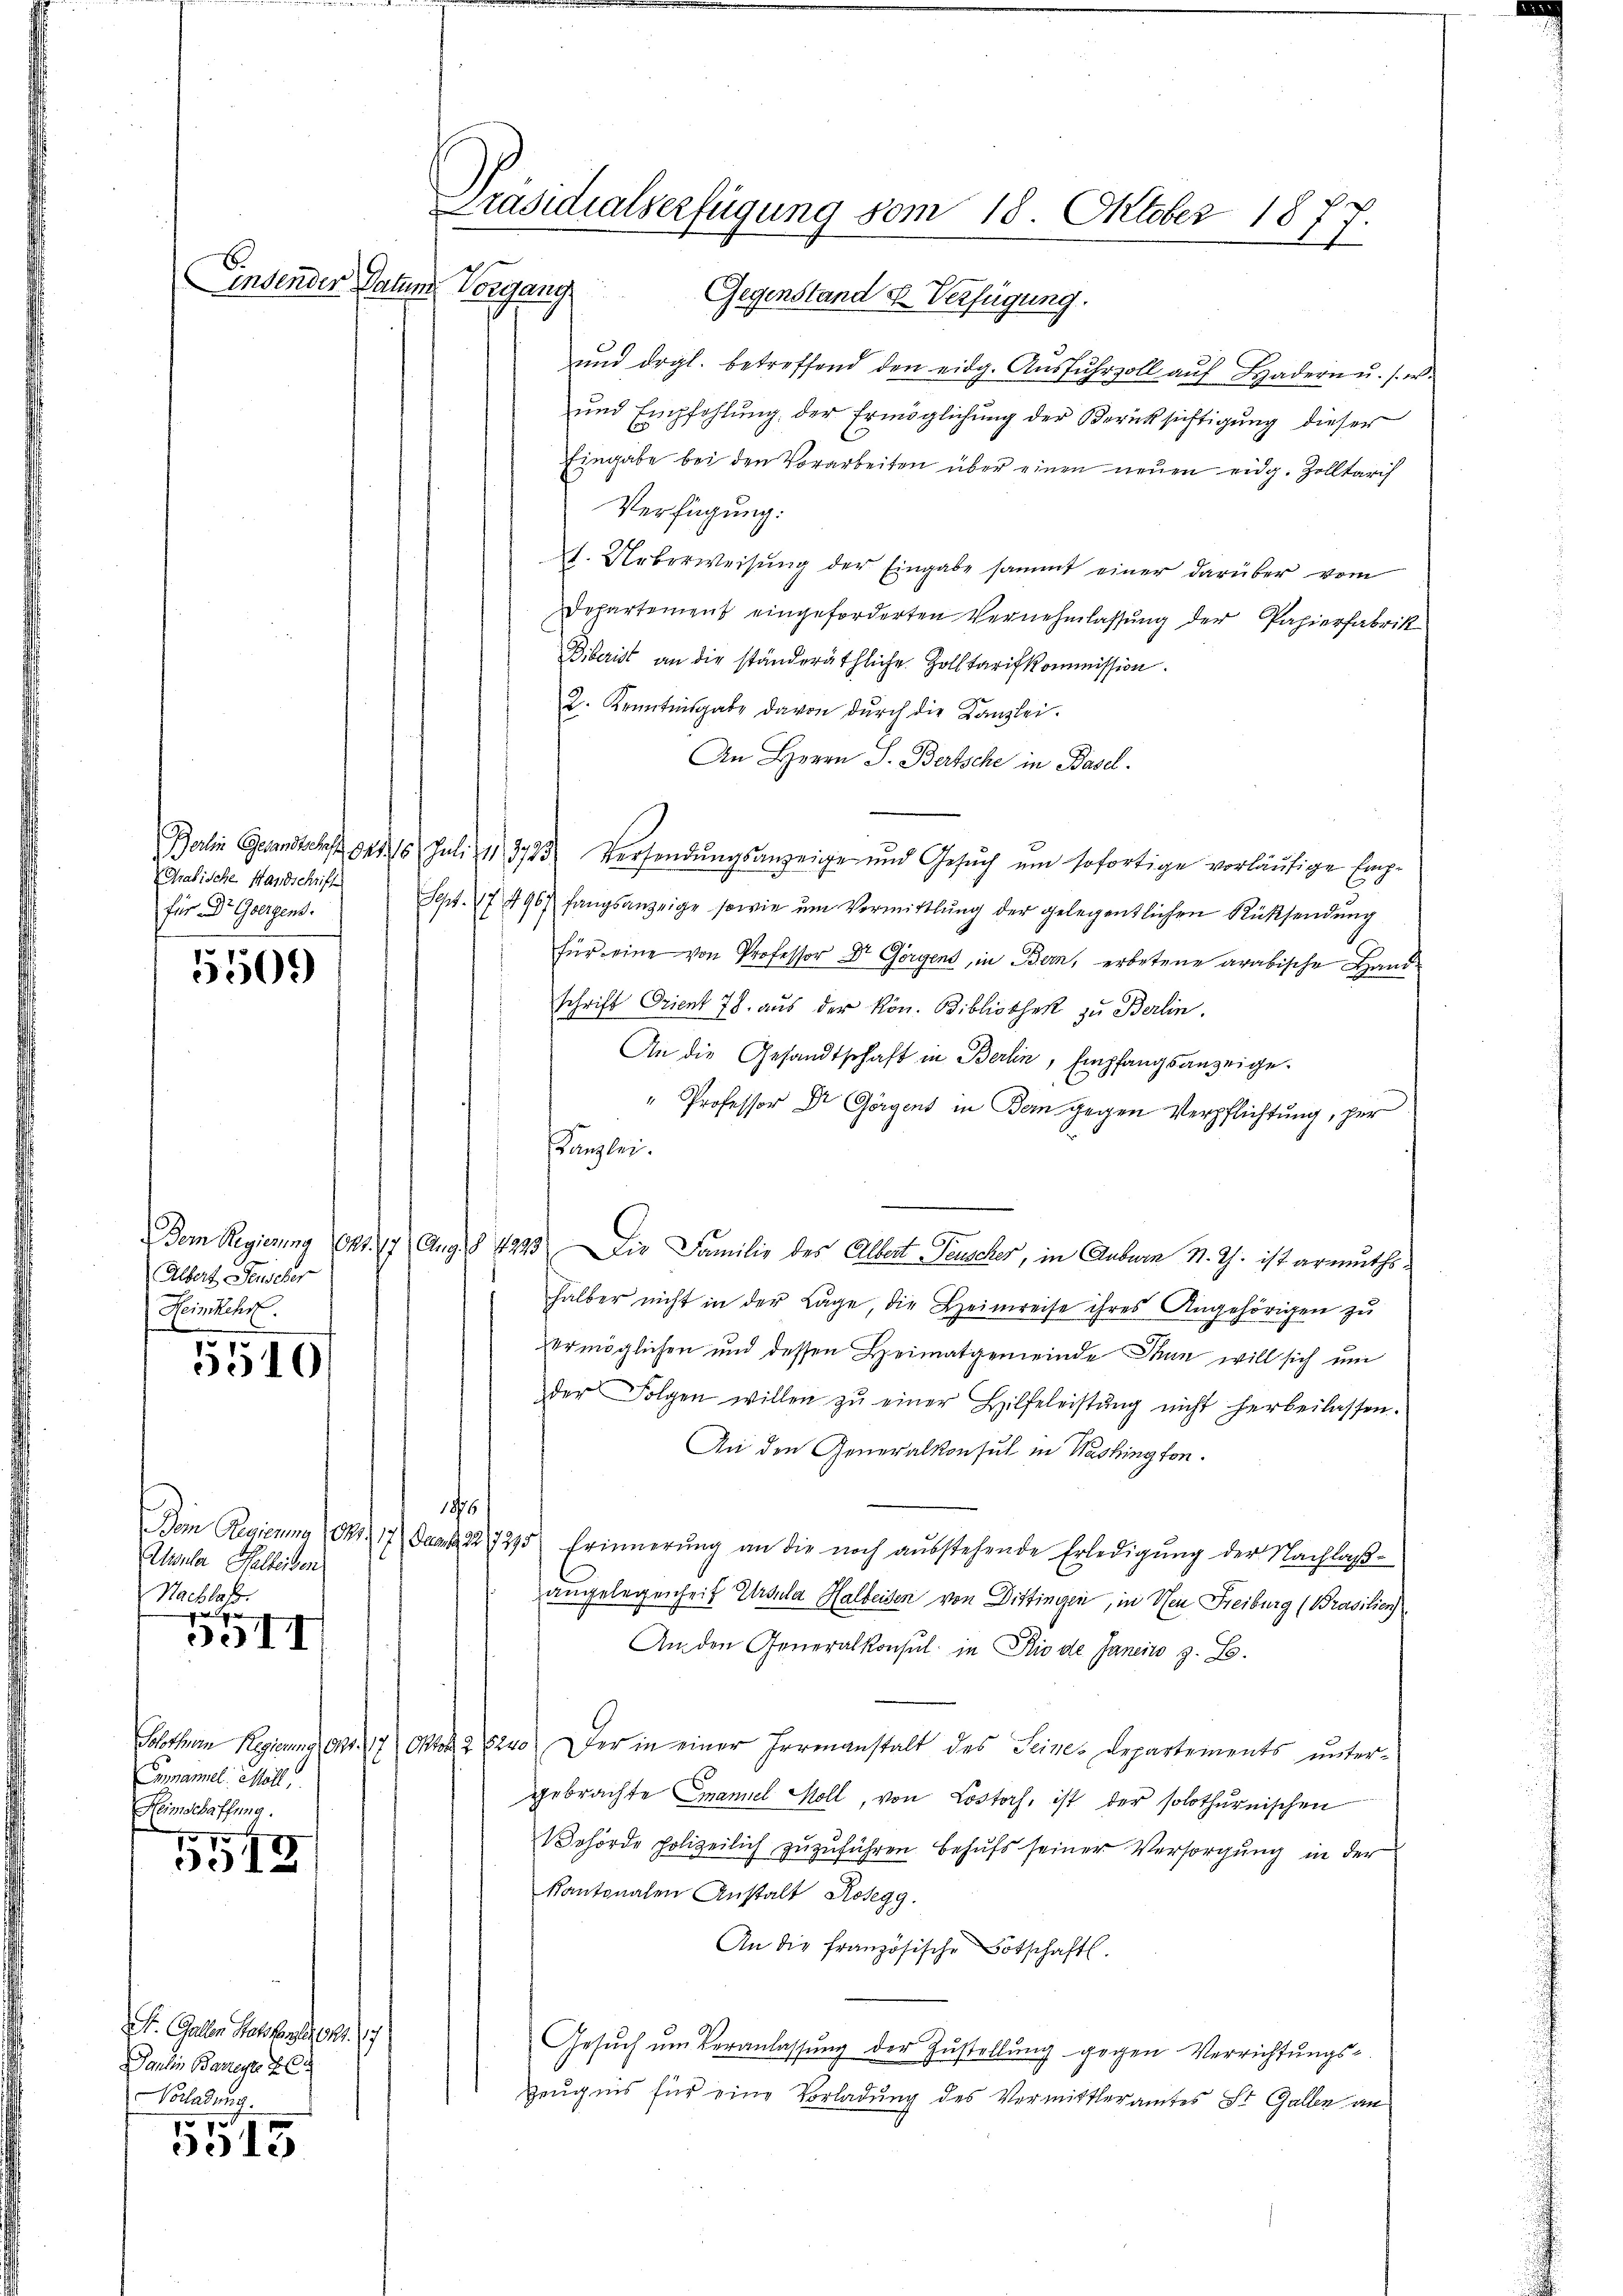
Präsidialserfügung vom 18. Oktober 187
1

E
indender Datum

Vorgang Gegenstand u. Verfügung.
ŭnd drgl. betreffend den eidg. Aŭsfŭhrzoll aŭf Badern u. s. w
ŭnd Empfehlŭng der Ermöglichŭng der Berücksichtigŭng dieser
Eingabe bei den Vorarbeiten über einen neuen eidg. Zolltaris
Verfügung:
f. Ueberweisung der Eingabe sammt einer darüber vom
Departement eingeforderten Vernehmlassung der Papierfabrik
Biberist an die ständeräthliche Zolltarifkommission.
2. Kenntnisgabe davon dŭrch die Kanzlei.
An Herrn J. Bertsche in Basel.
Berlin Gesandtschaft 21. 16 Juli 11 3723. Versendŭngsanzeige und Gesŭch ŭm sofortige vorläufige Emp¬
Sept. 174967 fangsanzeige sowie ŭm Vermittlung der gelegentlichen Rücksendŭng
für eine von Professor Dr Görgens, in Bern, erbetene arabische Hand-
schrift Orient 78 aus der Kön. Bibliothek zu Berlin.
An die Gesandtschaft in Berlin, Empfangsanzeige.
" Professor Dr Görgens in Bern gegen Verpflichtung, per
Kanzlei.
Dem Regierung Okt. 17 Aug. § 4293. Die Familie des Albert Tauscher, in Anburg v. J. ist armuthshalber nicht in der Lage, die Heimreise ihres Angehörigen zu
ermöglichen und dessen Heimatgemeinde Man will sich um
der Folgen willen zŭ einer Hilfeleistŭng nicht herbeilassen.
An den Generalkonsul in Washington.
s
Dem Regierung Okt. 17. Jantz 22. 1275 Erinnerŭng an die noch aŭsstehende Erledigŭng der Nachlaβ-
angelegenheit Ursula Halbeisen von Dittingen, in Neu Freiburg (Prasilien
An den Generalkonsul in Rio de Janeits z. B.
Solothurn Regierung Art. 17 Okto 26240. Der in einer Hermanstalt des Seines Departements untergebrachte Emanuel Moll, von Lostoch, ist der solothurnischen
Vehörde polizeilich zuzuführen behufs seiner Versorgung in der
Kantonalen Anstalt Kosegg.
An die französische Botschaft.
Gesŭch ŭm Veranlassung der Zustellung gegen Verrichtungs-
Zeugnis für eine Vorladung des Vermittleramtes St. Gallen an

Grabische Handschrift
für Dr. Geergens.

5509

Albert Feuscher
Heimkehr
1

010

Alsela Halleiden
Nachlaß.

30II

Cumamnel: Möll
Heimschaffung.

5515

St. Gallen Ratskanzler 1941. 17
Dantin Barege f
Vorladung.
p

5015